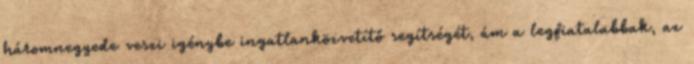
háromnegyede veszi igénybe ingatlanközvetítő segítségét, ám a legfiatalabbak, az